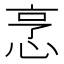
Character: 𢚟